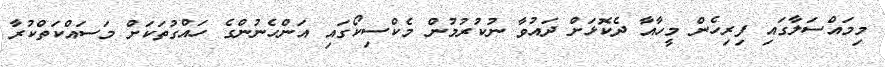
މިމައްސަލާގައި ފިރިހެން މީހާއާ ދެކޮޅަށް ދައުވާ ނުކުރުމުން މެކްސިކޯގައި އަންހެނުންގެ ހައްގުތަކަށް މަސައްކަތްކުރާ